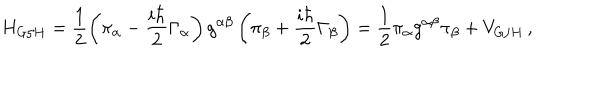
LaTeX: H _ { G / H } = \frac { 1 } { 2 } \left( \pi _ { \alpha } - \frac { i \hbar } { 2 } \Gamma _ { \alpha } \right) g ^ { \alpha \beta } \left( \pi _ { \beta } + \frac { i \hbar } { 2 } \Gamma _ { \beta } \right) = \frac { 1 } { 2 } \pi _ { \alpha } g ^ { \alpha \beta } \pi _ { \beta } + V _ { G / H } \, ,